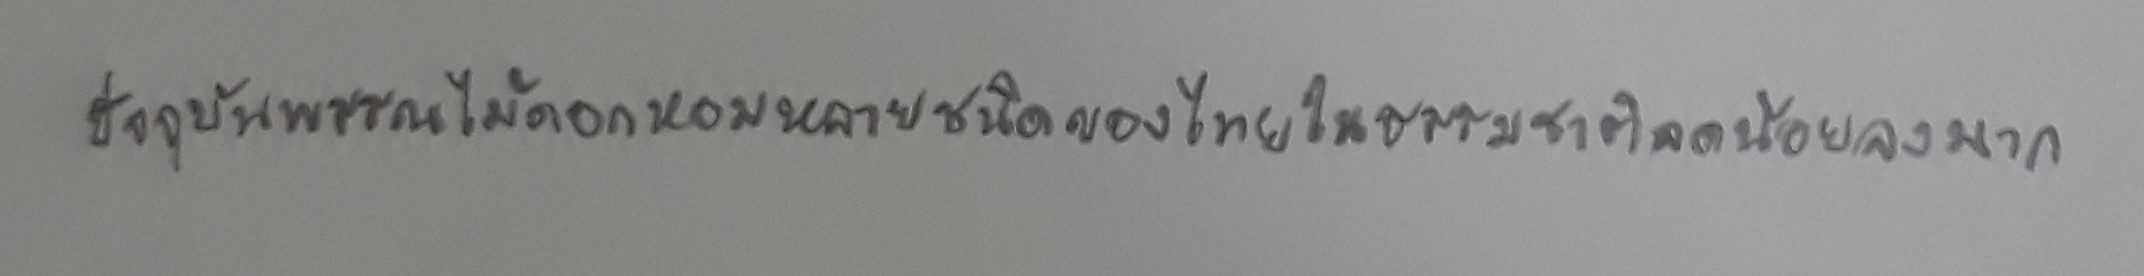
ปัจจุบันพรรณไม้ดอกหอมหลายชนิดของไทยในธรรมชาติลดน้อยลงมาก